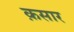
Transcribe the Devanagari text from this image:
क़सार